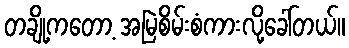
တချို့ကတော့ အမြဲစိမ်းစံကားလို့ခေါ်တယ်။